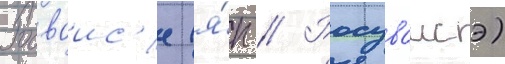
Росваис'е (я́п // Росуваисэ)